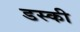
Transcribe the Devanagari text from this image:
डस्की